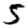
Digit: 5